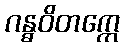
ဂန္ဓဝိတက္ကေ